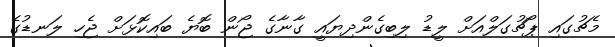
މެޗުގައި ޕޯޗުގަލްއަށް ލީޑު ލިބިގެންދިޔައީ ގާނާގެ ޖޯން ބޮޔެ ބައިކޮޅަށް ޖެހި ލަނޑުގެ